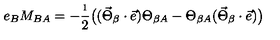
e _ { B } M _ { B A } = - \frac { \i } { 2 } \bigl ( ( \vec { \Theta } _ { \beta } \cdot \vec { e } ) \Theta _ { \beta A } - \Theta _ { \beta A } ( \vec { \Theta } _ { \beta } \cdot \vec { e } ) \bigr ) \nonumber